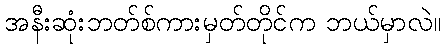
အနီးဆုံးဘတ်စ်ကားမှတ်တိုင်က ဘယ်မှာလဲ။